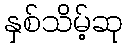
နှစ်သိမ့်ဆု